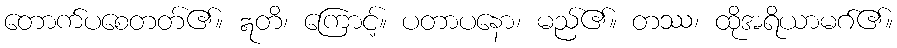
တောက်ပစေတတ်၏။ ဣတိ၊ ကြောင့်။ ပတာပနော၊ မည်၏။ တဿ၊ ထိုအရိယာမဂ်၏။